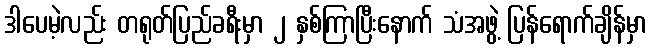
ဒါပေမဲ့လည်း တရုတ်ပြည်ခရီးမှာ ၂ နှစ်ကြာပြီးနောက် သံအဖွဲ့ ပြန်ရောက်ချိန်မှာ